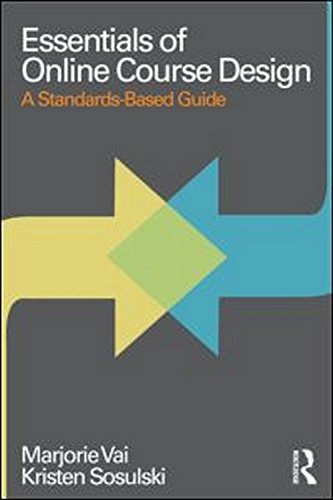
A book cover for Essentials of Online Course Design: A Standards-Based Guide (Essentials of Online Learning); Marjorie Vai; Education & Teaching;